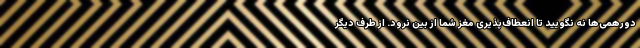
دورهمی‌ها نه نگویید تا انعطاف‌پذیری مغز شما از بین نرود. از طرف دیگر